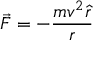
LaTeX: { \vec { F } } = - { \frac { m v ^ { 2 } { \hat { r } } } { r } }